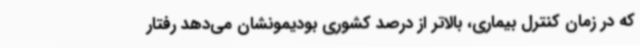
که در زمان کنترل بیماری، بالاتر از درصد کشوری بودیمونشان می‌دهد رفتار